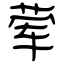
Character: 荤